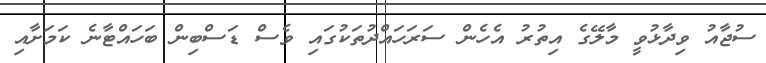
ސުޖާއު ވިދާޅުވީ މާލޭގެ އިތުރު އެހެން ސަރަހައްދުތަކުގައި ވެސް ޑަސްބިން ބަހައްޓާނެ ކަމަށާއި